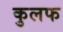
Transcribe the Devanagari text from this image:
कुलफ